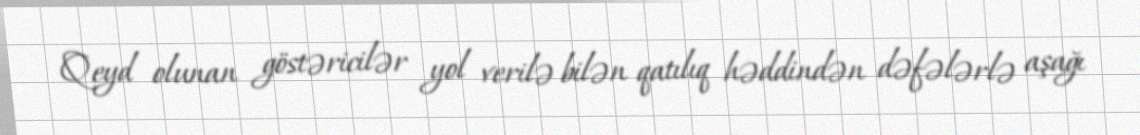
Qeyd olunan göstəricilər yol verilə bilən qatılıq həddindən dəfələrlə aşağı